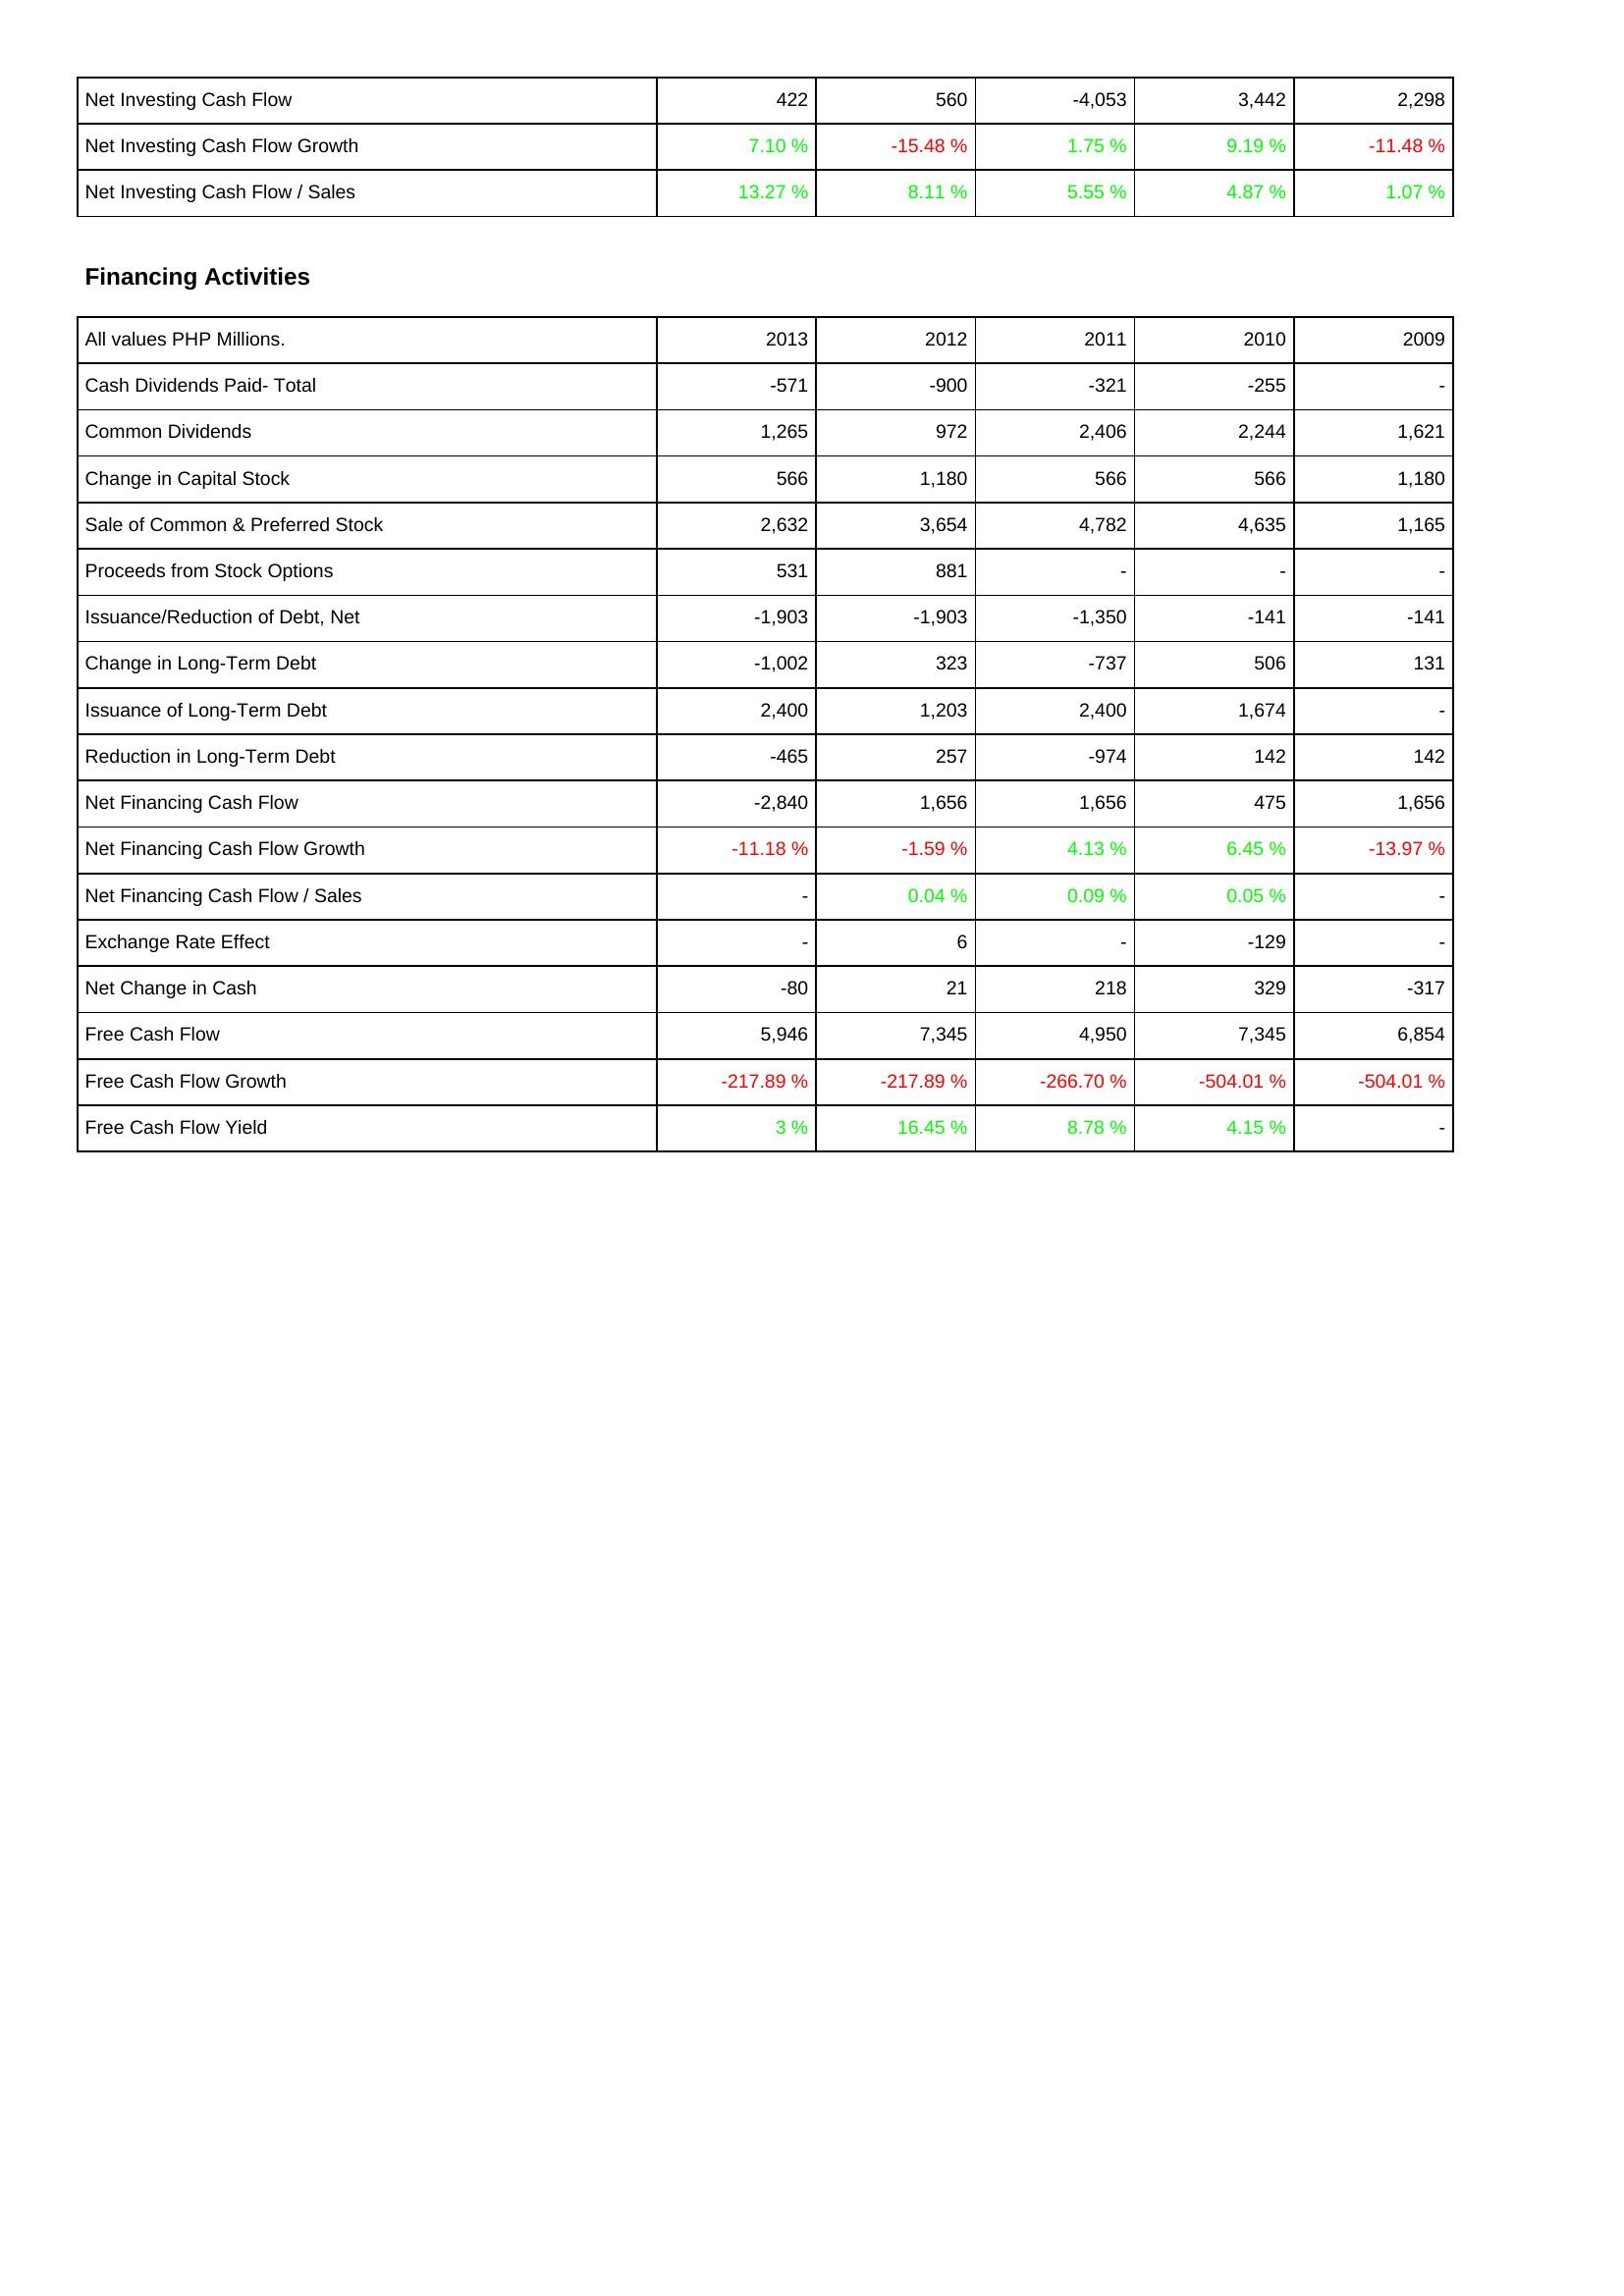
2013: Investing Activities: Net Investing Cash Flow: 422
Net Investing Cash Flow Growth: 7.10 %
Net Investing Cash Flow / Sales: 13.27 %
Financing Activities: Cash Dividends Paid- Total: -571
Common Dividends: 1,265
Change in Capital Stock: 566
Sale of Common & Preferred Stock: 2,632
Proceeds from Stock Options: 531
Issuance/Reduction of Debt, Net: -1,903
Change in Long-Term Debt: -1,002
Issuance of Long-Term Debt: 2,400
Reduction in Long-Term Debt: -465
Net Financing Cash Flow: -2,840
Net Financing Cash Flow Growth: -11.18 %
Net Financing Cash Flow / Sales: -
Exchange Rate Effect: -
Net Change in Cash: -80
Free Cash Flow: 5,946
Free Cash Flow Growth: -217.89 %
Free Cash Flow Yield: 3 %
2012: Investing Activities: Net Investing Cash Flow: 560
Net Investing Cash Flow Growth: -15.48 %
Net Investing Cash Flow / Sales: 8.11 %
Financing Activities: Cash Dividends Paid- Total: -900
Common Dividends: 972
Change in Capital Stock: 1,180
Sale of Common & Preferred Stock: 3,654
Proceeds from Stock Options: 881
Issuance/Reduction of Debt, Net: -1,903
Change in Long-Term Debt: 323
Issuance of Long-Term Debt: 1,203
Reduction in Long-Term Debt: 257
Net Financing Cash Flow: 1,656
Net Financing Cash Flow Growth: -1.59 %
Net Financing Cash Flow / Sales: 0.04 %
Exchange Rate Effect: 6
Net Change in Cash: 21
Free Cash Flow: 7,345
Free Cash Flow Growth: -217.89 %
Free Cash Flow Yield: 16.45 %
2011: Investing Activities: Net Investing Cash Flow: -4,053
Net Investing Cash Flow Growth: 1.75 %
Net Investing Cash Flow / Sales: 5.55 %
Financing Activities: Cash Dividends Paid- Total: -321
Common Dividends: 2,406
Change in Capital Stock: 566
Sale of Common & Preferred Stock: 4,782
Proceeds from Stock Options: -
Issuance/Reduction of Debt, Net: -1,350
Change in Long-Term Debt: -737
Issuance of Long-Term Debt: 2,400
Reduction in Long-Term Debt: -974
Net Financing Cash Flow: 1,656
Net Financing Cash Flow Growth: 4.13 %
Net Financing Cash Flow / Sales: 0.09 %
Exchange Rate Effect: -
Net Change in Cash: 218
Free Cash Flow: 4,950
Free Cash Flow Growth: -266.70 %
Free Cash Flow Yield: 8.78 %
2010: Investing Activities: Net Investing Cash Flow: 3,442
Net Investing Cash Flow Growth: 9.19 %
Net Investing Cash Flow / Sales: 4.87 %
Financing Activities: Cash Dividends Paid- Total: -255
Common Dividends: 2,244
Change in Capital Stock: 566
Sale of Common & Preferred Stock: 4,635
Proceeds from Stock Options: -
Issuance/Reduction of Debt, Net: -141
Change in Long-Term Debt: 506
Issuance of Long-Term Debt: 1,674
Reduction in Long-Term Debt: 142
Net Financing Cash Flow: 475
Net Financing Cash Flow Growth: 6.45 %
Net Financing Cash Flow / Sales: 0.05 %
Exchange Rate Effect: -129
Net Change in Cash: 329
Free Cash Flow: 7,345
Free Cash Flow Growth: -504.01 %
Free Cash Flow Yield: 4.15 %
2009: Investing Activities: Net Investing Cash Flow: 2,298
Net Investing Cash Flow Growth: -11.48 %
Net Investing Cash Flow / Sales: 1.07 %
Financing Activities: Cash Dividends Paid- Total: -
Common Dividends: 1,621
Change in Capital Stock: 1,180
Sale of Common & Preferred Stock: 1,165
Proceeds from Stock Options: -
Issuance/Reduction of Debt, Net: -141
Change in Long-Term Debt: 131
Issuance of Long-Term Debt: -
Reduction in Long-Term Debt: 142
Net Financing Cash Flow: 1,656
Net Financing Cash Flow Growth: -13.97 %
Net Financing Cash Flow / Sales: -
Exchange Rate Effect: -
Net Change in Cash: -317
Free Cash Flow: 6,854
Free Cash Flow Growth: -504.01 %
Free Cash Flow Yield: -